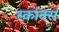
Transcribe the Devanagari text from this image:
स्कांक्स